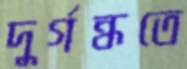
দুর্গন্ধতে